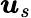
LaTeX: \boldsymbol{u}_{s}